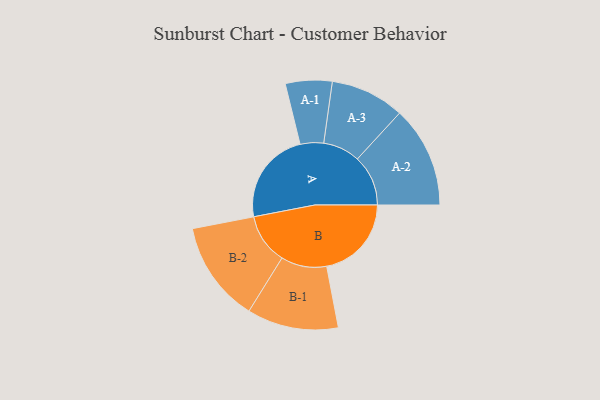
{"axis": {"x": "Segment", "y": "Value"}, "legend": ["", "A", "B"], "data": [{"x": "A", "y": 463, "type": ""}, {"x": "B", "y": 421, "type": ""}, {"x": "A-1", "y": 116, "type": "A"}, {"x": "A-2", "y": 252, "type": "A"}, {"x": "A-3", "y": 184, "type": "A"}, {"x": "B-1", "y": 227, "type": "B"}, {"x": "B-2", "y": 251, "type": "B"}]}